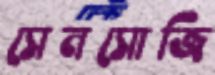
সেনসোজি